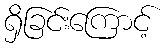
ရှိခြင်းကြောင့်